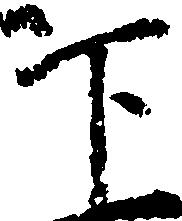
下